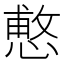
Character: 𭞑